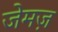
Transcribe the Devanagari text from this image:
जेमज़